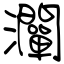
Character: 灛